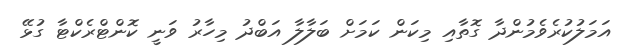
އަމަލުކުރެވެމުންދާ ގޮތާއި މިކަން ކަމަށް ބަލާލާ އަބްދު މިހާރު ވަނީ ކޮންޓްރެކްޓާ ގުޅޭ